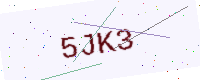
Text: 5JK3